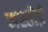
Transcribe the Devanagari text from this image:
मस्तोई